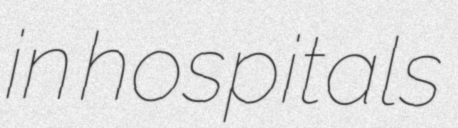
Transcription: in hospitals